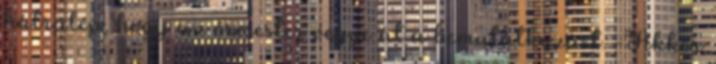
hátralép, hogy az őrmester vegye át a bemutatkozást. -Akkor